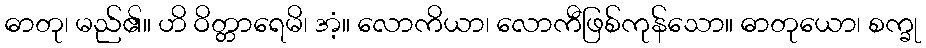
ဓာတု၊ မည်၏။ ဟိ ဝိတ္တာရေမိ၊ အံ့။ လောကိယာ၊ လောကီဖြစ်ကုန်သော။ ဓာတုယော၊ စက္ခု